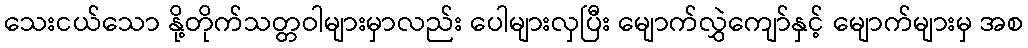
သေးငယ်သော နို့တိုက်သတ္တဝါများမှာလည်း ပေါများလှပြီး မျောက်လွှဲကျော်နှင့် မျောက်များမှ အစ